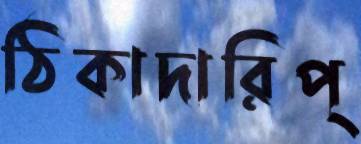
ঠিকাদারিপ্